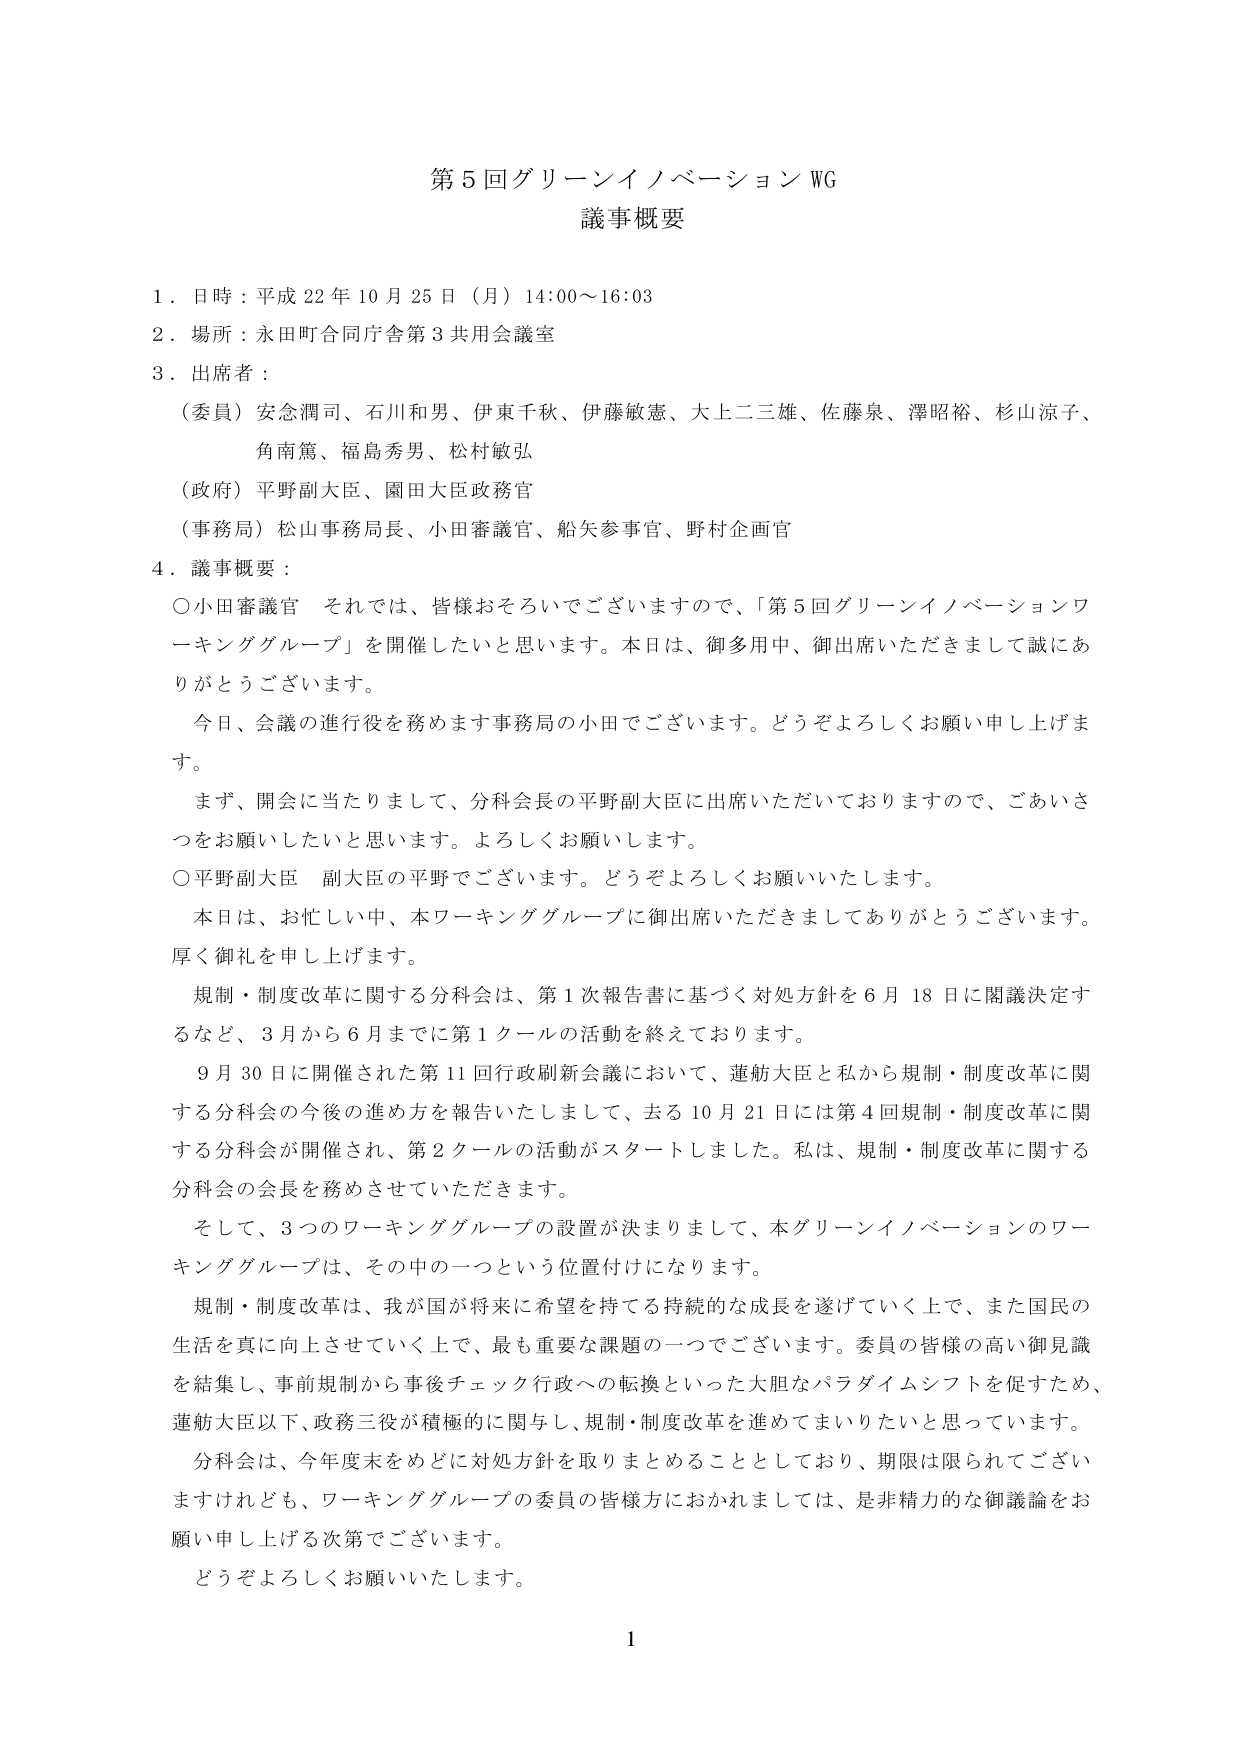
第５回グリーンイノベーションWG
議事概要

１．日時：平成22年10月25日（月）14:00～16:03
２．場所：永田町合同庁舎第3共用会議室
３．出席者：
　（委員）安念潤司、石川和男、伊東千秋、伊藤敏憲、大上二三雄、佐藤泉、澤昭裕、杉山涼子、
　　　　　角南篤、福島秀男、松村敏弘
　（政府）平野副大臣、園田大臣政務官
　（事務局）松山事務局長、小田審議官、船矢参事官、野村企画官

４．議事概要：
　○小田審議官　それでは、皆様おそろいでございますので、「第５回グリーンイノベーションワーキンググループ」を開催したいと思います。本日は、御多用中、御出席いただきまして誠にありがとうございます。
　　今日、会議の進行役を務めます事務局の小田でございます。どうぞよろしくお願い申し上げます。
　　まず、開会に当たりまして、分科会長の平野副大臣に出席いただいておりますので、ごあいさつをお願いしたいと思います。よろしくお願いします。
　○平野副大臣　副大臣の平野でございます。どうぞよろしくお願いいたします。
　　本日は、お忙しい中、本ワーキンググループに御出席いただきましてありがとうございます。厚く御礼を申し上げます。
　　規制・制度改革に関する分科会は、第１次報告書に基づく対処方針を６月18日に閣議決定するなど、３月から６月までに第１クールの活動を終えております。
　　９月30日に開催された第11回行政刷新会議において、蓮舫大臣と私から規制・制度改革に関する分科会の今後の進め方を報告いたしまして、去る10月21日には第４回規制・制度改革に関する分科会が開催され、第２クールの活動がスタートしました。私は、規制・制度改革に関する分科会の会長を務めさせていただきます。
　　そして、３つのワーキンググループの設置が決まりまして、本グリーンイノベーションのワーキンググループは、その中の一つという位置付けになります。
　　規制・制度改革は、我が国が将来に希望を持てる持続的な成長を遂げていく上で、また国民の生活を真に向上させていく上で、最も重要な課題の一つでございます。委員の皆様の高い御見識を結集し、事前規制から事後チェック行政への転換といった大胆なパラダイムシフトを促すため、蓮舫大臣以下、政務三役が積極的に関与し、規制・制度改革を進めてまいりたいと思っています。
　　分科会は、今年度末をめどに対処方針を取りまとめる 것으로しており、期限は限られてございますけれども、ワーキンググループの委員の皆様方におかれましては、是非精力的な御議論をお願い申し上げる次第でございます。
　　どうぞよろしくお願いいたします。

1